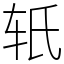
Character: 𬨂